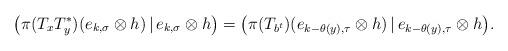
LaTeX: \begin{align*}\big(\pi(T_xT_y^*)(e_{k,\sigma}\otimes h)\,|\,e_{k,\sigma}\otimes h\big)=\big(\pi(T_{b^t})(e_{k-\theta(y),\tau}\otimes h)\,|\,e_{k-\theta(y),\tau}\otimes h\big).\end{align*}